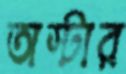
অস্টার